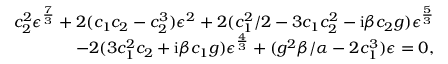
\begin{array} { r } { c _ { 2 } ^ { 2 } \epsilon ^ { \frac { 7 } { 3 } } + 2 ( c _ { 1 } c _ { 2 } - c _ { 2 } ^ { 3 } ) \epsilon ^ { 2 } + 2 ( { c _ { 1 } ^ { 2 } } / { 2 } - 3 c _ { 1 } c _ { 2 } ^ { 2 } - \mathrm { i } \beta c _ { 2 } g ) \epsilon ^ { \frac { 5 } { 3 } } } \\ { - 2 ( 3 c _ { 1 } ^ { 2 } c _ { 2 } + \mathrm { i } \beta c _ { 1 } g ) \epsilon ^ { \frac { 4 } { 3 } } + ( g ^ { 2 } \beta / \alpha - 2 c _ { 1 } ^ { 3 } ) \epsilon = 0 , } \end{array}